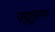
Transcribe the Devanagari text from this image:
पशुनृत्य